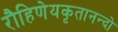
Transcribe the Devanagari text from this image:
रौहिणेयकृतानन्दो